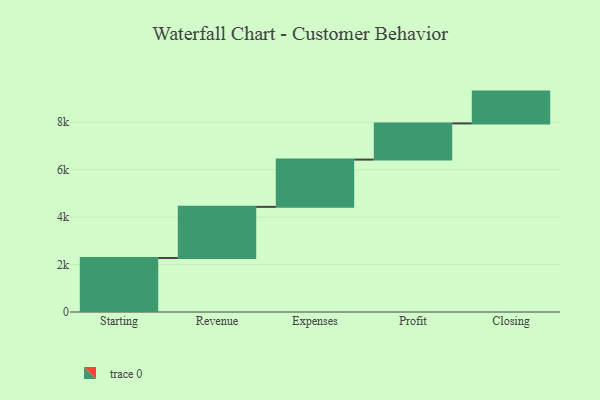
{"axis": {"x": "Step", "y": "Value"}, "legend": [""], "data": [{"x": "Starting", "y": 2276.0, "type": ""}, {"x": "Revenue", "y": 2156.0, "type": ""}, {"x": "Expenses", "y": 1993.0, "type": ""}, {"x": "Profit", "y": 1524.0, "type": ""}, {"x": "Closing", "y": 1342.0, "type": ""}]}